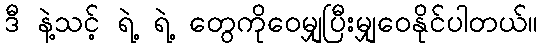
ဒီ နဲ့သင့် ရဲ့ ရဲ့ တွေကိုဝေမျှပြီးမျှဝေနိုင်ပါတယ်။